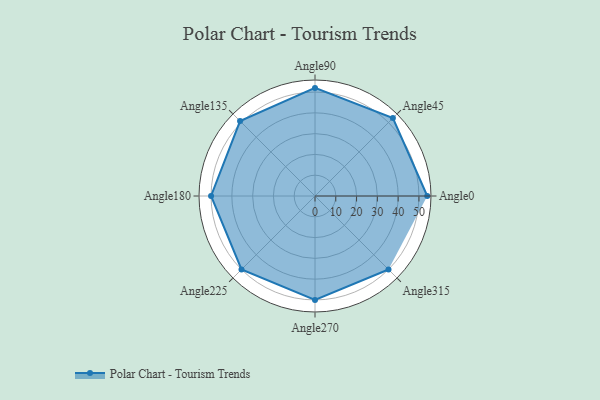
{"axis": {"x": "Angle", "y": "Radius"}, "legend": [""], "data": [{"x": "Angle0", "y": 54.0, "type": ""}, {"x": "Angle45", "y": 53.0, "type": ""}, {"x": "Angle90", "y": 52.0, "type": ""}, {"x": "Angle135", "y": 51.0, "type": ""}, {"x": "Angle180", "y": 50, "type": ""}, {"x": "Angle225", "y": 50, "type": ""}, {"x": "Angle270", "y": 50, "type": ""}, {"x": "Angle315", "y": 50, "type": ""}]}